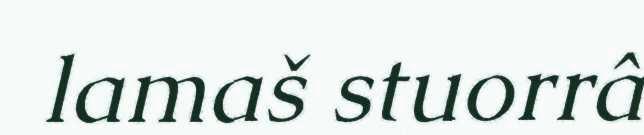
lamaš stuorrâ